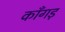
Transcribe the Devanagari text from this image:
काँगड़